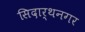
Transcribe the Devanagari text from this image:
सिदार्थनगर